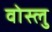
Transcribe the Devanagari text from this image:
वोस्लु